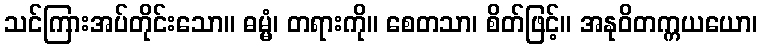
သင်ကြားအပ်တိုင်းသော။ ဓမ္မံ၊ တရားကို။ စေတသာ၊ စိတ်ဖြင့်။ အနုဝိတက္ကယယော၊